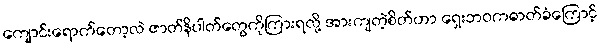
ကျောင်းရောက်တော့လဲ ဇာတ်နိပါတ်တွေကိုကြားရလို့ အားကျတဲ့စိတ်ဟာ ရှေးဘဝကဓာတ်ခံကြောင့်